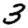
Digit: 3